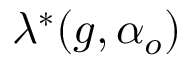
\lambda ^ { * } ( g , \alpha _ { o } )